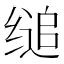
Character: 缒